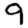
Digit: 9